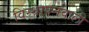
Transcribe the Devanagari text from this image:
विस्थापनवाली